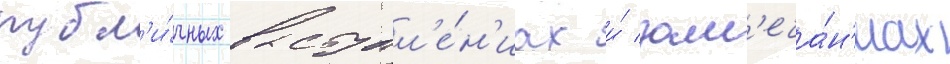
публ'и́чных выступл'е́н'иах и́ зам'еча́н'иах